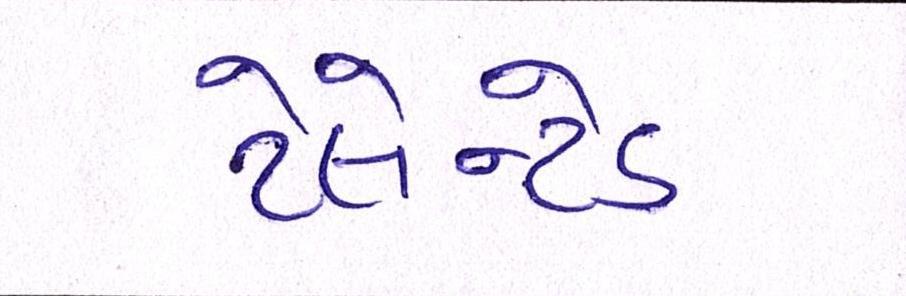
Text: ટેલેન્ટેડ